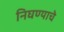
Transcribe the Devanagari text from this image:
निघण्याचे